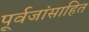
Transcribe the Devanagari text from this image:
पूर्वजांसाहित